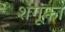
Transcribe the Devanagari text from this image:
शगूंफा